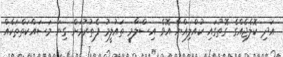
އަދި ކޮލެޖެއްގެ ގޮތުގައި ކުއްލިއްޔާ އޮވެ އިސްލާމީ ތައުލީމު ފެތުރުމަށް ގިނަ މަސައްކަތްތަކެއް